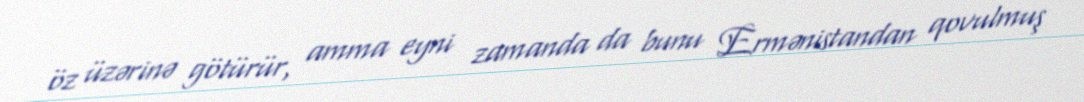
öz üzərinə götürür, amma eyni zamanda da bunu Ermənistandan qovulmuş